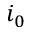
i _ { 0 }